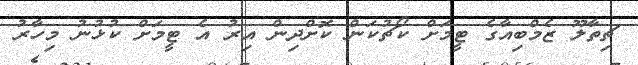
ޗިތާލޫ ޒެމްބިއާގެ ޓީމަށް ކޯޗުކަން ކޮށްދިން އިރު އެ ޓީމަށް ކުޅުނު މިހާރު